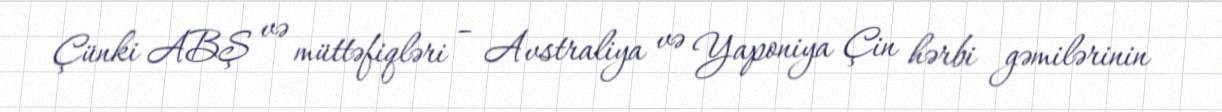
Çünki ABŞ və müttəfiqləri – Avstraliya və Yaponiya Çin hərbi gəmilərinin